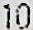
10